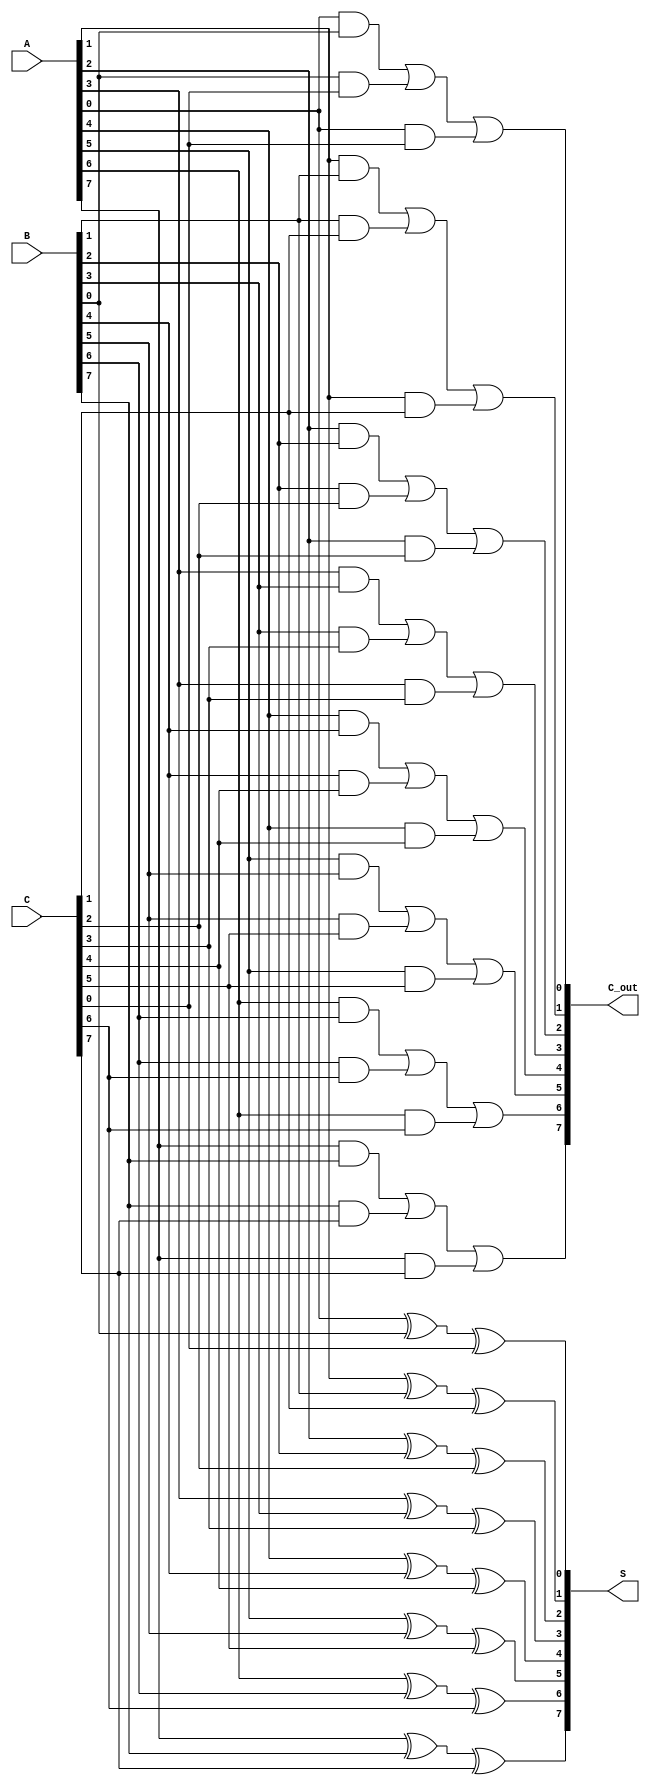
module CarrySaveAdder #(parameter N = 8) (
    input [N-1:0] A,    // First operand
    input [N-1:0] B,    // Second operand
    input [N-1:0] C,    // Third operand
    output [N-1:0] S,   // Partial sum output
    output [N-1:0] C_out // Carry output
);

    wire [N-1:0] P;  // Partial sums
    wire [N-1:0] C_temp; // Intermediate carries

    // Generate partial sums and carries for each bit
    genvar i;
    generate
        for (i = 0; i < N; i = i + 1) begin : CSA_full_adder
            // Sum and carry for each bit
            assign P[i] = A[i] ^ B[i] ^ C[i]; // Partial sum
            assign C_temp[i] = (A[i] & B[i]) | (B[i] & C[i]) | (A[i] & C[i]); // Carry
        end
    endgenerate

    // Assign outputs
    assign S = P;        // The partial sums from the full adders
    assign C_out = C_temp; // The carry outputs

endmodule